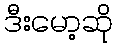
ဒီးမော့ဆို